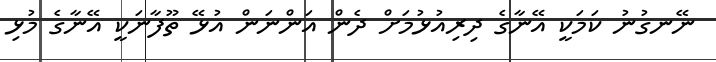
ނޭނގުނު ކަމަކީ އޭނާގެ ދިރިއުޅުމަށް ދެން އަންނަން އުޅޭ ތޫފާނަކީ އޭނާގެ މުޅި